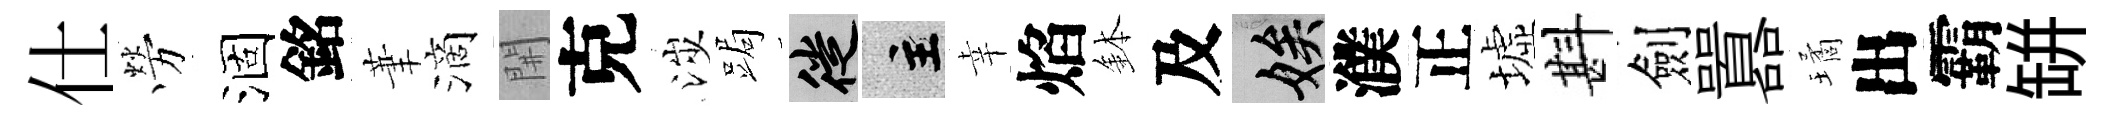
仕勞涸銘茟滴𨳩克涉跼徙主幸焰鉢及娭濮正墟斟劍囂璚出霸缾